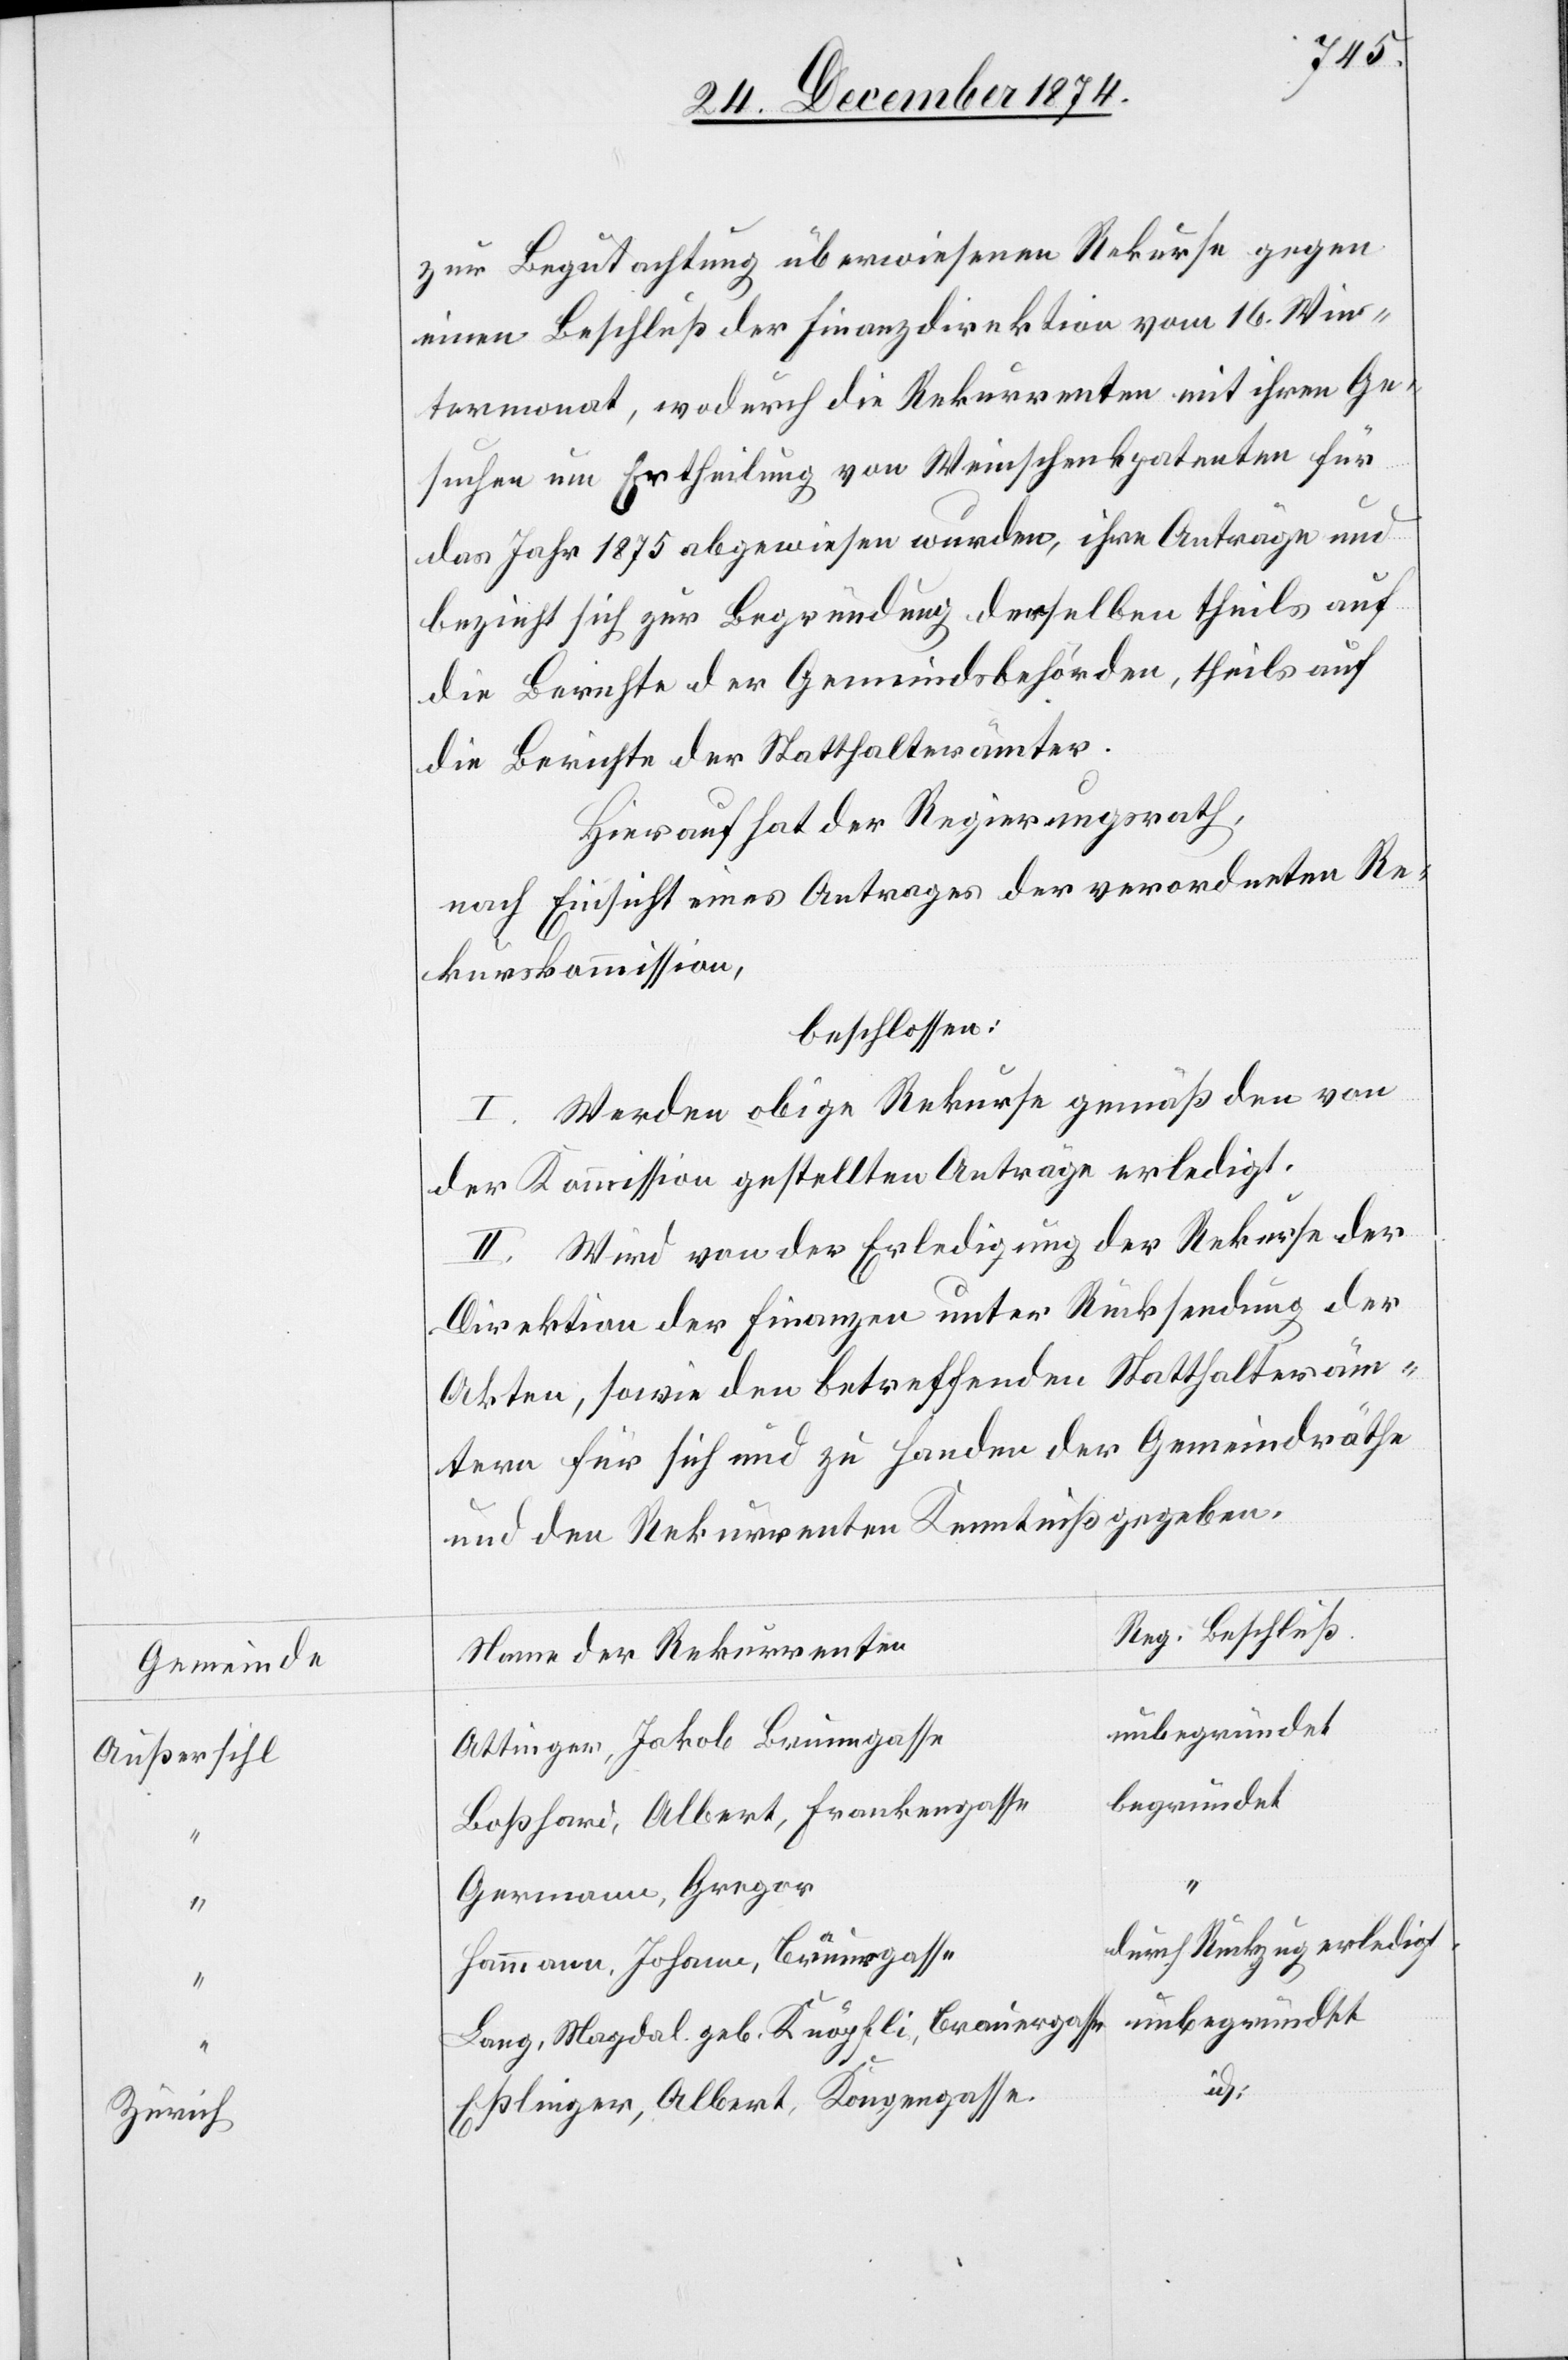
Gemeinde
Außersihl
Zürich

zur Begutachtung überwiesenen Rekurse gegen
einen Beschluß der Finanzdirektion vom 16. Win¬
termonat, wodurch die Rekurrenten mit ihren Ge¬
suchen um Ertheilung von Weinschenkpatenten für
das Jahr 1875 abgewiesen wurden, ihre Anträge und
bezieht sich zur Begründung derselben theils auf
die Berichte der Gemeindsbehörden, theils auf
die Berichte der Statthalterämter.
Hierauf hat der Regierungsrath,
nach Einsicht eines Antrages der verordneten Re¬
kurskommission,
beschlossen:
I. Werden obige Rekurse gemäß den von
der Kommission gestellten Anträge erledigt.
II. Wird von der Erledigung der Rekurse der
Direktion der Finanzen unter Rücksendung der
Akten, sowie den betreffenden Statthalteräm¬
tern für sich und zu Handen der Gemeindräthe
und den Rekurrenten Kenntniß gegeben.
Reg. Beschluß
Name der Rekurrenten
unbegründet
Attinger, Jakob Brunngasse
begründet
Boßhard, Albert, Frankengasse
Germann, Gregor
durch Rückzug erledigt
Hammann, Johann, Brunngasse
Lang, Magdal. geb. Knöpfli, Brauergasse
Eßlinger, Albert, Kongengasse